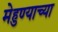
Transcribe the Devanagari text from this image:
मेहुण्याच्या